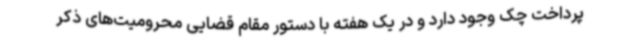
پرداخت چک وجود دارد و در یک هفته با دستور مقام قضایی محرومیت‌های ذکر